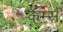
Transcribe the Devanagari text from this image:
केम्स